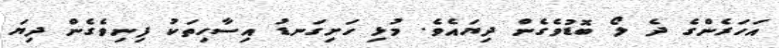
އަހަރެންގެ ދެ ލޯ ބޮޑުވެގެން ދިޔައެވެ. މުޅި ހަށިގަނޑު އިސާހިތަކު ފިނިވެގެން ދިޔަ